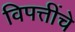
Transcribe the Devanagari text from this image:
विपत्तींचे